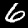
Label: 6